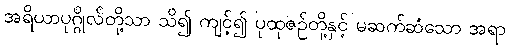
အရိယာပုဂ္ဂိုလ်တို့သာ သိ၍ ကျင့်၍ ပုထုဇဉ်တို့နှင့် မဆက်ဆံသော အရာ